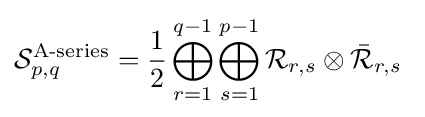
{\mathcal {S}}_{p,q}^{\text{A-series}}={\frac {1}{2}}\bigoplus _{r=1}^{q-1}\bigoplus _{s=1}^{p-1}{\mathcal {R}}_{r,s}\otimes {\bar {\mathcal {R}}}_{r,s}\